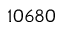
1 0 6 8 0